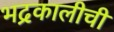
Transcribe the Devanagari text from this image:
भद्रकालीची